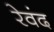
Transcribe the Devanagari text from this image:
रेवंद